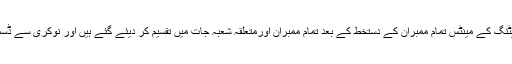
واضح رہے کہ 104ویں سنڈیکیٹ میٹنگ کے مینٹس تمام ممبران کے دستخط کے بعد تمام ممبران اورمتعلقہ شعبہ جات میں تقسیم کر دیئے گئے ہیں اور نوکری سے ڈسمس کا لیٹر بھی جاری کر دیا گیا ہے۔